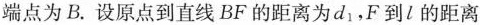
端点为B.设原点到直线BF的距离为d_{1}，F到l的距离